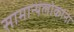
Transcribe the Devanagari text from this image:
सामान्यलोकांना